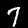
Digit: 7